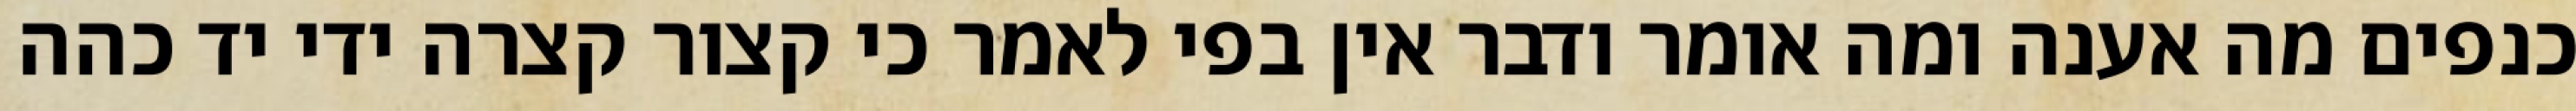
כנפים מה אענה ומה אומר ודבר אין בפי לאמר כי קצור קצרה ידי יד כהה